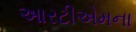
આરટીએમના